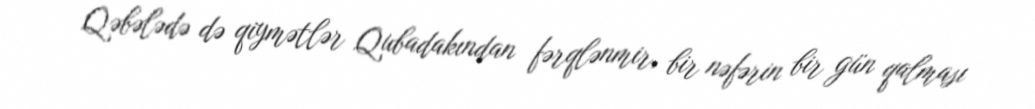
Qəbələdə də qiymətlər Qubadakından fərqlənmir, bir nəfərin bir gün qalması